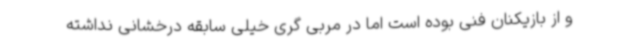
و از بازیکنان فنی بوده است اما در مربی گری خیلی سابقه درخشانی نداشته